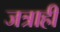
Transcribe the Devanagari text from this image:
जत्राही